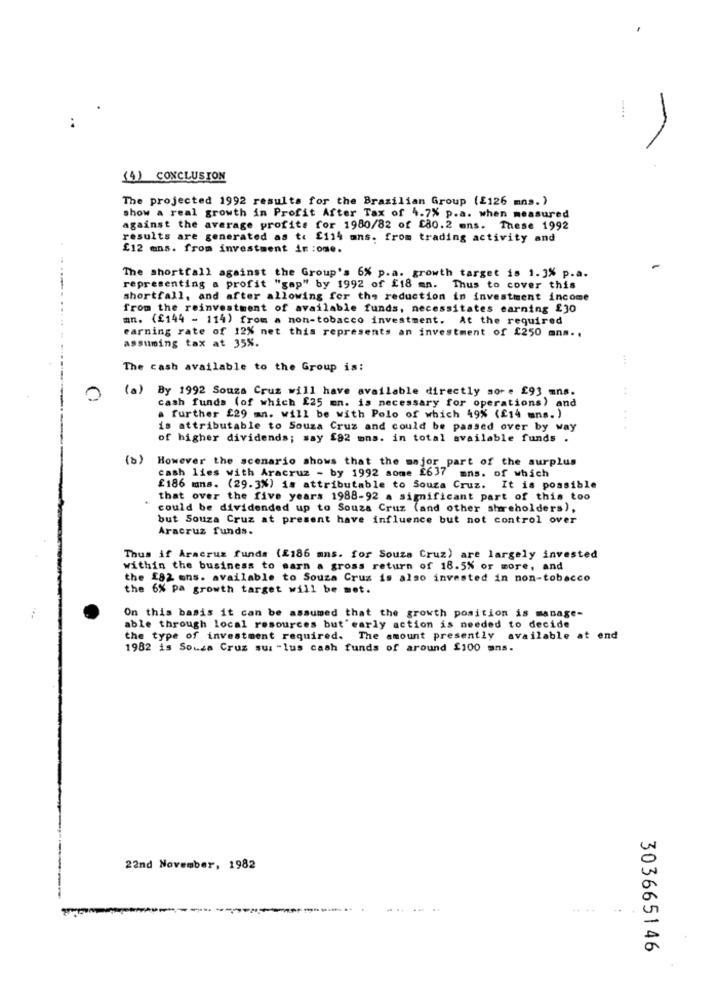
..
(4) CONCLUSION
The projected 1992 results for the Brazilian Group (£126 mns.)
show a real growth in Profit After Tax of 4.7% p.a. when measured
against the average profits for 1980/82 of £80.2 ens. These 1992
results are generated as to £114 ans. from trading activity and
£12 mns. from investment in :om ..
The shortfall against the Group's 6% p.a. growth target is 1.3% p.a.
representing a profit "gap" by 1992 of £18 mn. Thus to cover this
shortfall, and after allowing for the reduction in investment income
from the reinvestment of available funds, necessitates earning £30
an. (£144 - 114) from a non-tobacco investment. At the required
earning rate of 12% net this represents an investment of £250 ans ..
assuming tax at 35%.
The cash available to the Group is:
(a) By 1992 Souza Cruz will have available directly sore [93 ans.
.+
0
cash funds (of which £25 mn. is necessary for operations) and
a further £29 mn. will be with Polo of which 49% (£14 mns. )
is attributable to Souza Cruz and could be passed over by way
.. .
of higher dividends; say £92 mns. in total available funds .
(0)
However the scenario shows that the major part of the surplus
cash lies with Aracruz - by 1992 some £637 mns. of which
£186 mms. (29.3%) is attributable to Souza Cruz. It is possible
that over the five years 1988-92 a significant part of this too
could be dividended up to Souza Cruz (and other shareholders),
but Souza Cruz at present have influence but not control over
Aracruz funds.
Thus if Aracruz funds (£186 mns. for Souza Cruz) are largely invested
within the business to warn a gross return of 18.5% or more, and
the £82 ans. available to Souza Cruz is also invested in non-tobacco
the 6% pa growth target will be mot.
On this basis it can be assumed that the growth position is manage-
able through local resources but' early action is needed to decide
the type of investment required. The amount presently available at end
1982 is Sousa Cruz sur -lus cash funds of around $100 ans.
22nd November, 1982
303665146